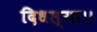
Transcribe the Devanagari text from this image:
दिधल्या।।